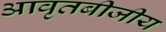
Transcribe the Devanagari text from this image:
आवृतबीजीय